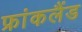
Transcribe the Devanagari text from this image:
फ्रांकलैंड